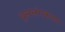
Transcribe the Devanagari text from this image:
चुललंगकरण